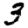
Digit: 3